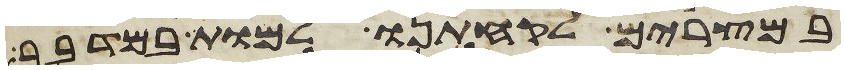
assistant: במצרים לקחתנו למות במדבר